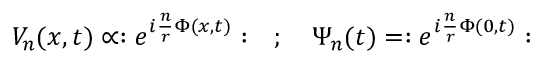
V _ { n } ( x , t ) \propto : e ^ { i \frac { n } { r } \Phi ( x , t ) } : \quad ; \quad \Psi _ { n } ( t ) = : e ^ { i \frac { n } { r } \Phi ( 0 , t ) } :